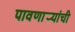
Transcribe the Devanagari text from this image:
पावणार्‍यांची